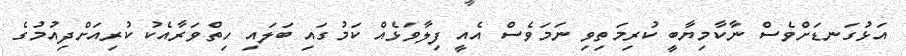
އަޅުގަނޑަށްވެސް ނާކާމިޔާބީ ކުރިމަތިވި ނަމަވެސް އެއީ ފިލާވަޅެއް ކަމުގައި ބަލައި ހިތްވަރާއެކު ކުރިއަށްދިއުމުގެ